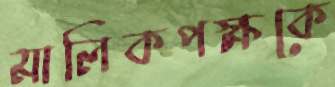
মালিকপক্ষকে